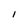
Character: I